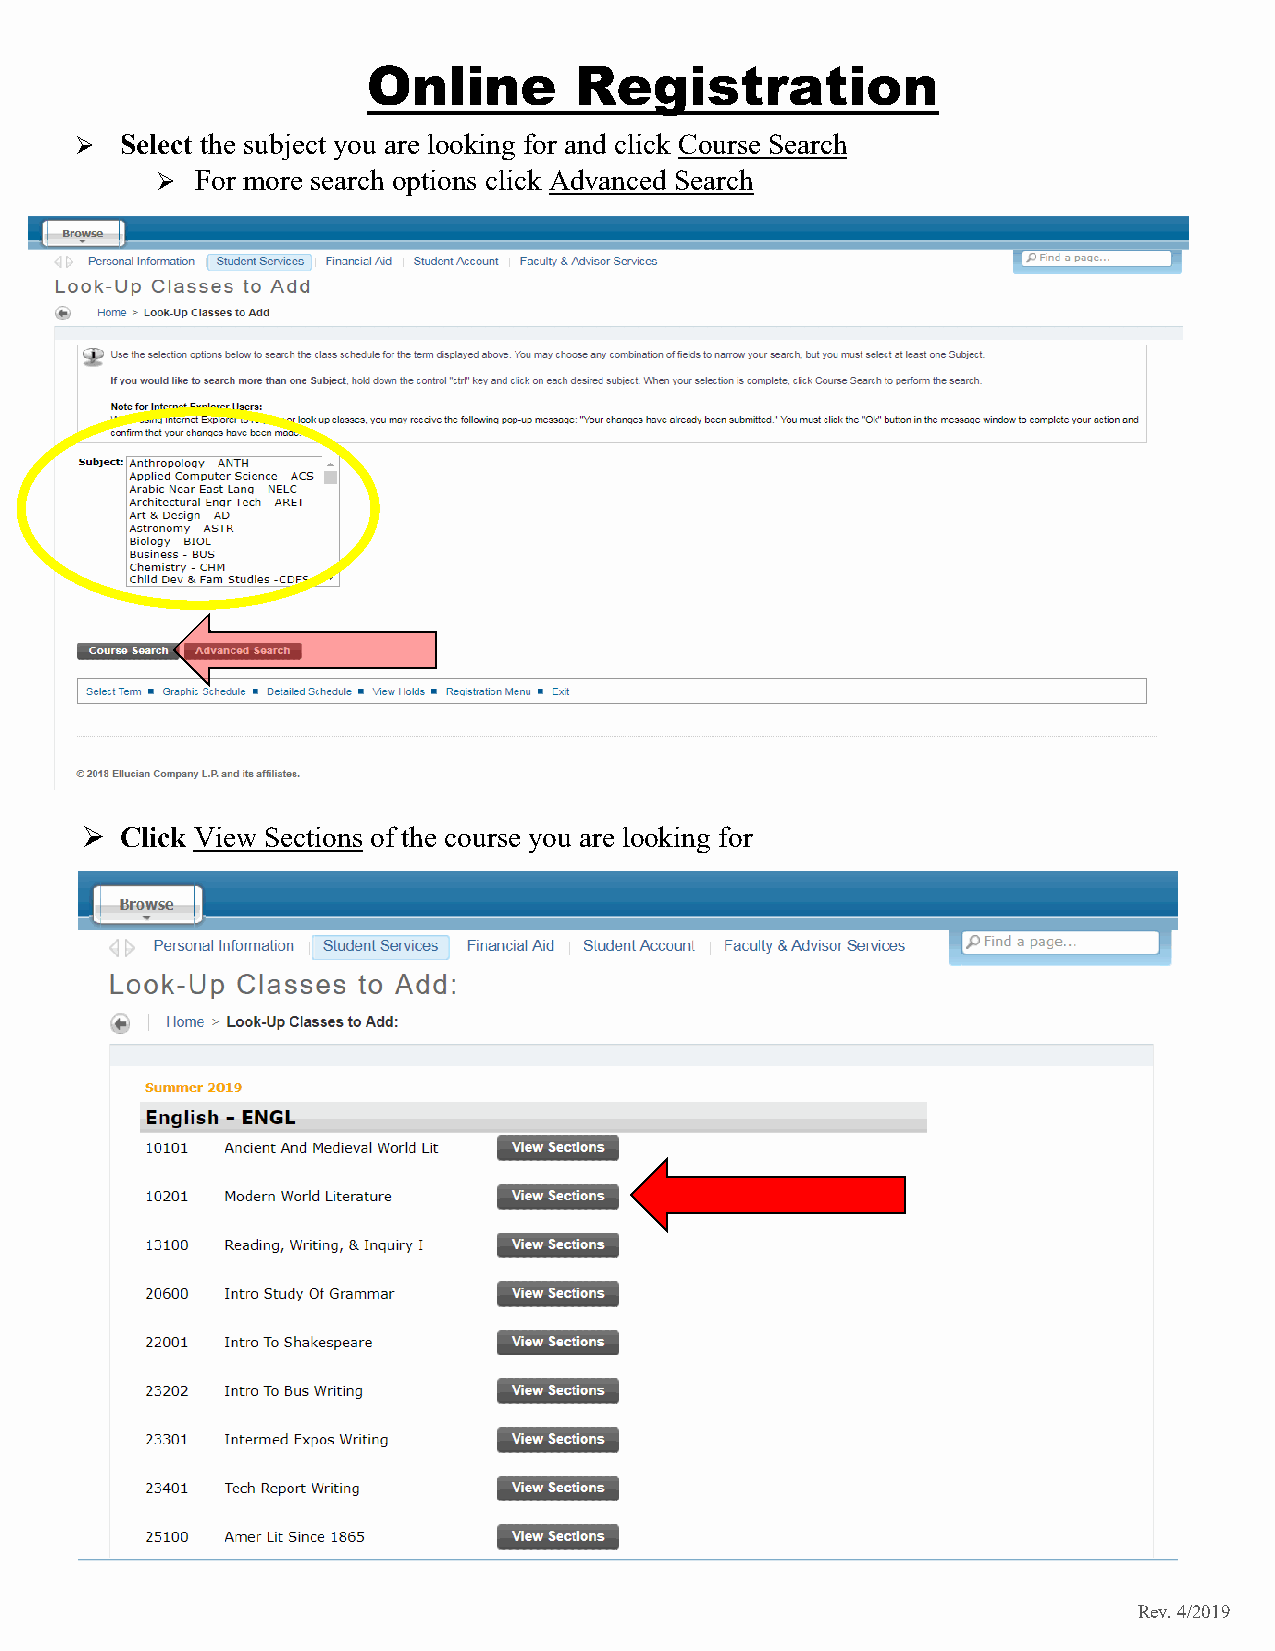
Online        Registration
   Select the subject you are looking for and click Course Search
   For more search options click Advanced Search
   Click View Sections of the course you are looking for
 Rev. 4/2019